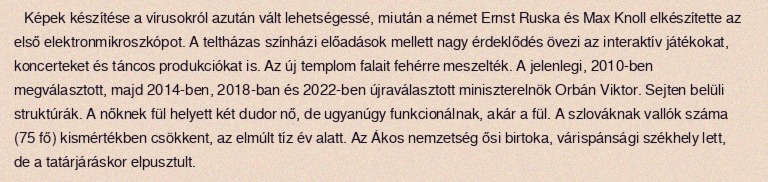
Képek készítése a vírusokról azután vált lehetségessé, miután a német Ernst Ruska és Max Knoll elkészítette az első elektronmikroszkópot. A teltházas színházi előadások mellett nagy érdeklődés övezi az interaktív játékokat, koncerteket és táncos produkciókat is. Az új templom falait fehérre meszelték. A jelenlegi, 2010-ben megválasztott, majd 2014-ben, 2018-ban és 2022-ben újraválasztott miniszterelnök Orbán Viktor. Sejten belüli struktúrák. A nőknek fül helyett két dudor nő, de ugyanúgy funkcionálnak, akár a fül. A szlováknak vallók száma (75 fő) kismértékben csökkent, az elmúlt tíz év alatt. Az Ákos nemzetség ősi birtoka, várispánsági székhely lett, de a tatárjáráskor elpusztult.